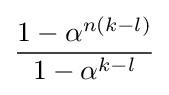
{\frac {1-\alpha ^{n(k-l)}}{1-\alpha ^{k-l}}}